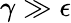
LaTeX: \gamma\gg\epsilon